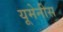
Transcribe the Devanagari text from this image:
यूमेनीस